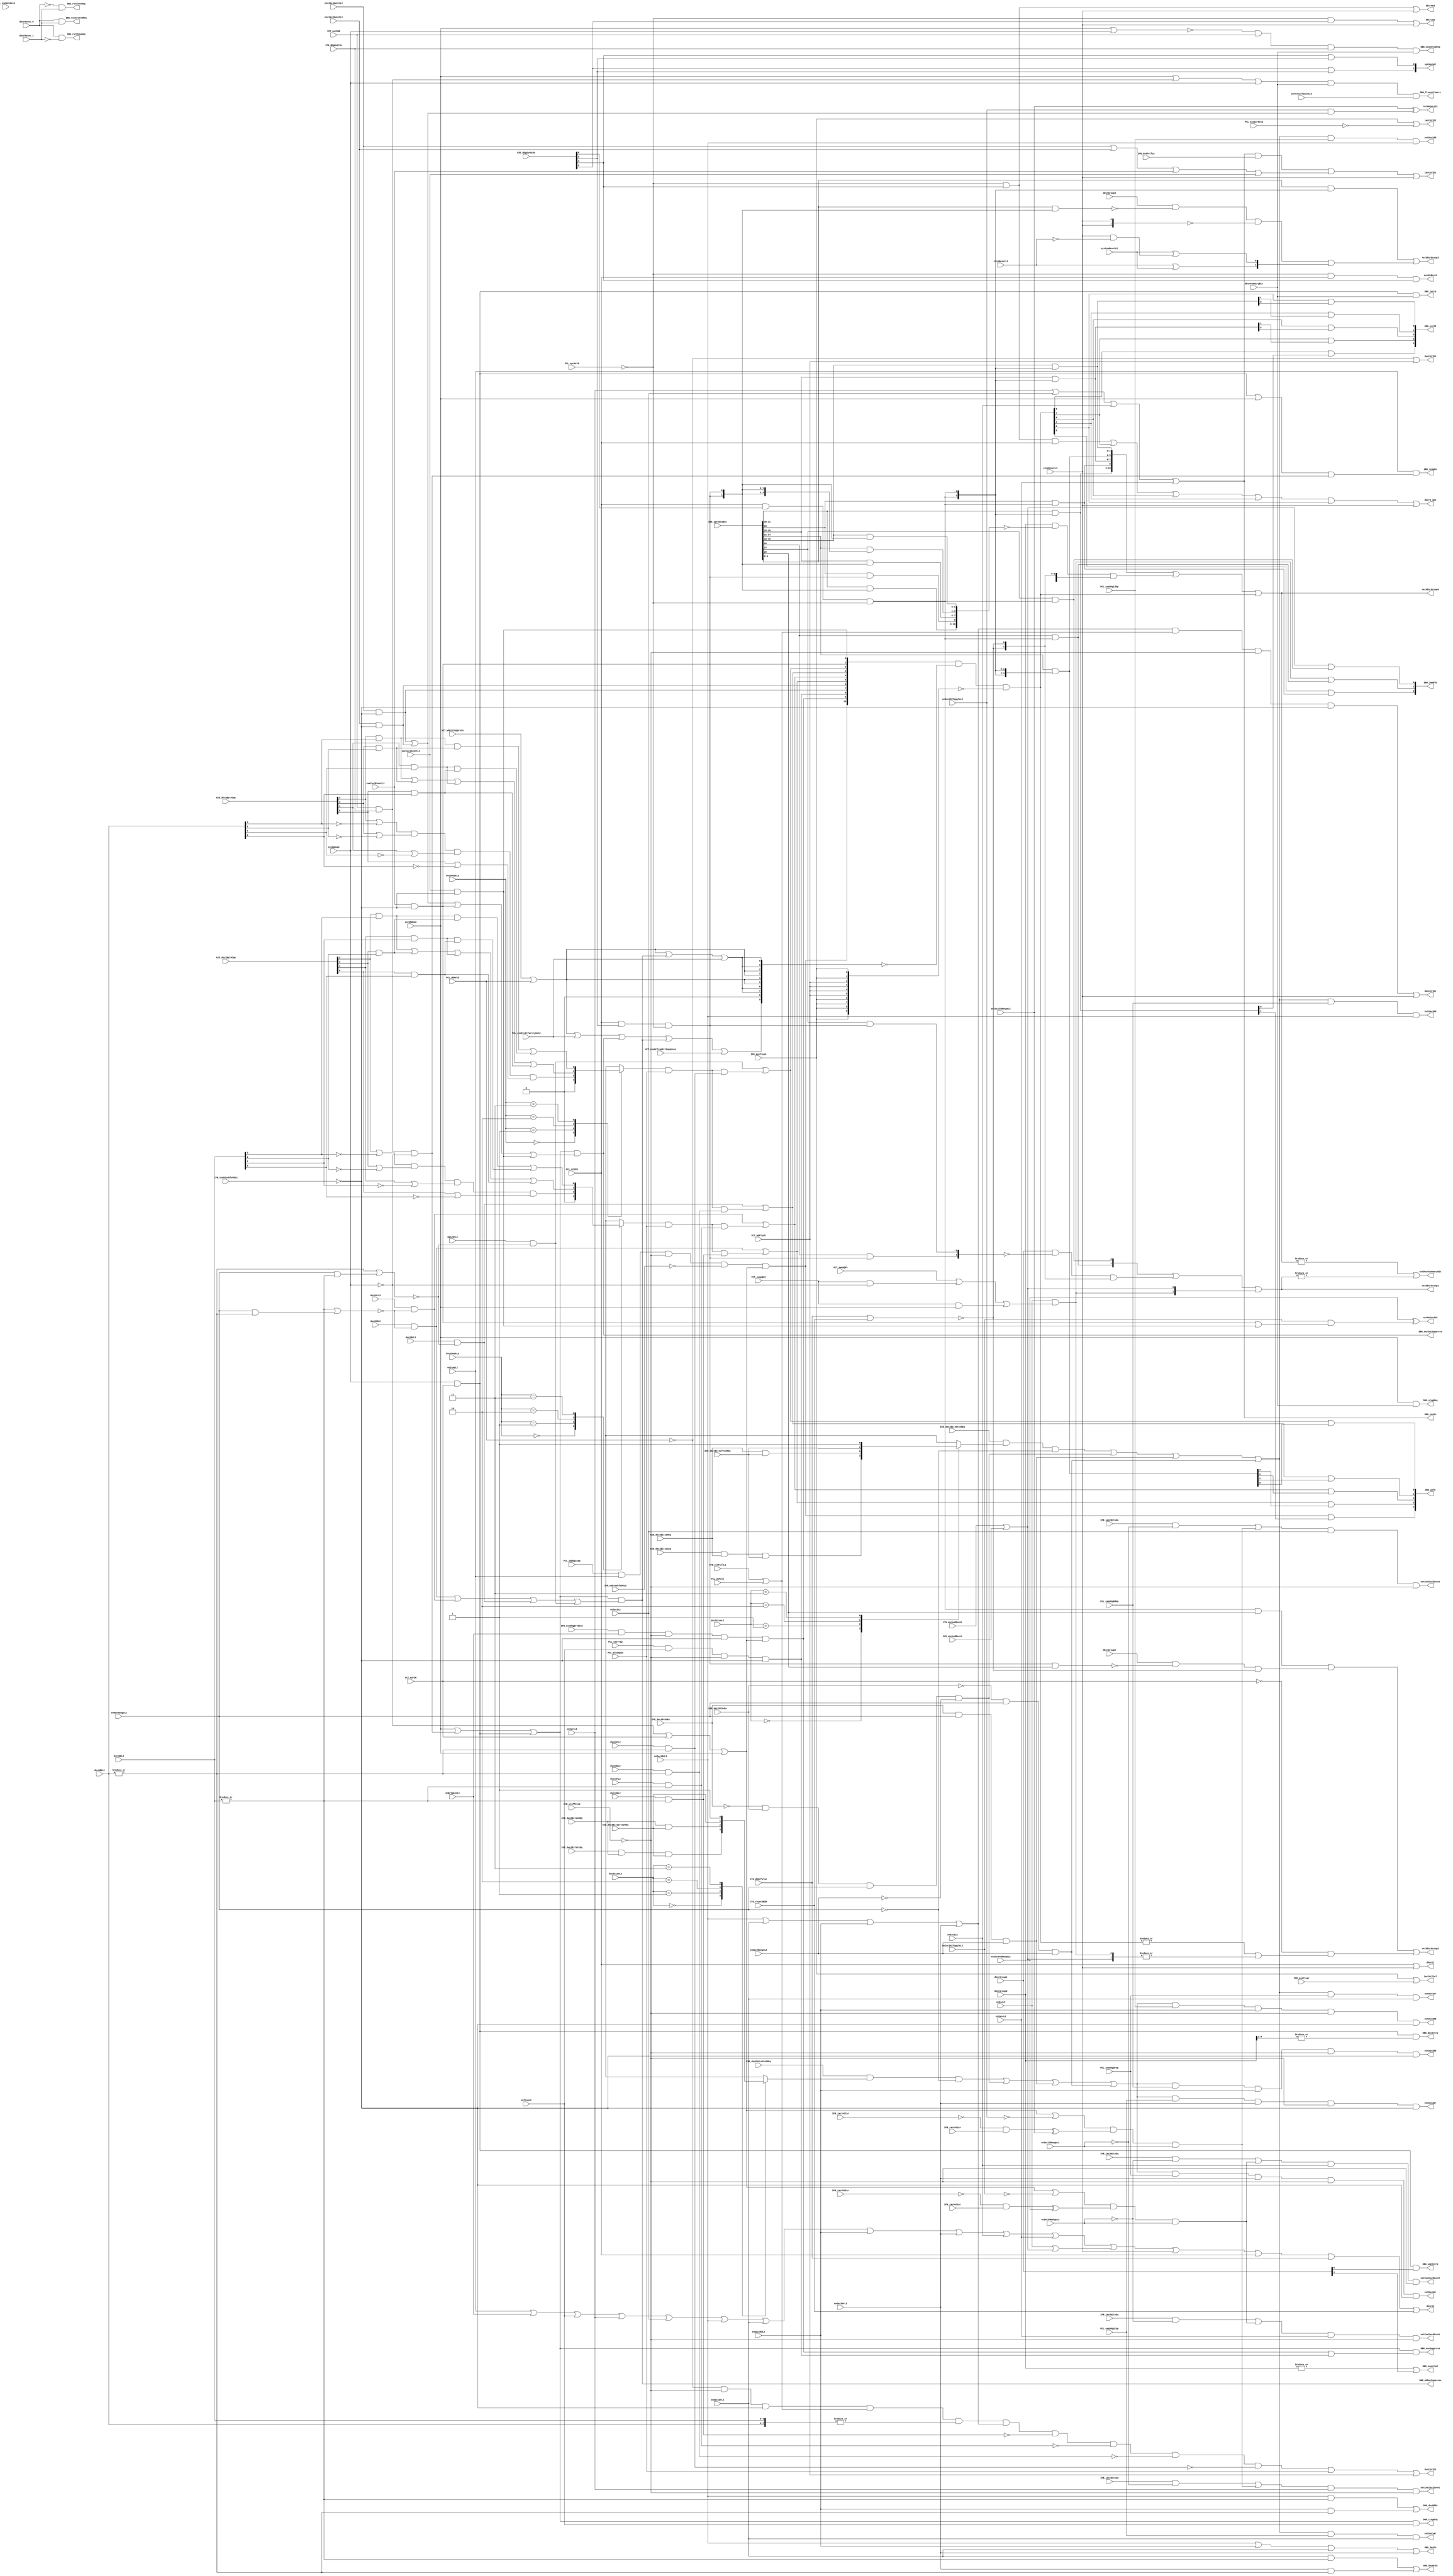
// 
// ************************************************************************** 
// 
//  Copyright (c) International Business Machines Corporation, 2005. 
// 
//  This file contains trade secrets and other proprietary and confidential 
//  information of International Business Machines Corporation which are 
//  protected by copyright and other intellectual property rights and shall 
//  not be reproduced, transferred to other documents, disclosed to others, 
//  or used for any purpose except as specifically authorized in writing by 
//  International Business Machines Corporation. This notice must be 
//  contained as part of this text at all times. 
// 
// ************************************************************************** 
//

//////////////////////////////////////////////////////////
// ALWAYS GENERATE SYMBOL AUTOMATICALLY!!!!!!!!!!!!!!!!!!/
//////////////////////////////////////////////////////////
// Change History:
// 09/15/98  JD/SP  Added VCT_exeBrTrapErrSuppress and PCL_exeDvcHold terms to
//                  suppressBt  equation.
//           lmd    Why did you do this?????????
// 07/17/01  JBB    Added PCL_exeDvcOrParityHold to suppressBt and suppressIac
//                  equations per the Cobra Workbook

module p405s_dbgEqs (nxtExeIac1Event, nxtExeIac2Event, nxtExeIac3Event,
               nxtExeIac4Event,
               nxtDac1Rd, nxtDac1Wr, nxtDac2Rd, nxtDac2Wr,
               nxtDvc1Rd, nxtDvc1Wr, nxtDvc2Rd, nxtDvc2Wr,
               nxtDbsrSummaryBit,
               nxtHwIac12X, nxtHwIac34X,
               dbcr0_XE2,
               iacCntlE1, iacCntlE2, iacCntlSel,
               dacCntlE1, dacCntlE2, dvcCntlE2,
               DBG_exeSuppress, DBG_wbDacSuppress, DBG_exeIacSuppress,
               DBG_icmpEn, DBG_stopReq, DBG_weakStopReq, DBG_intrp,
               DBG_freezeTimers, DBG_trapEnQ, DBG_udeIntrp, DBG_dacEn,
               DBG_rstCoreReq, DBG_rstChipReq, DBG_rstSystemReq, DBG_iacEn,
               DBG_dvcRdEn, DBG_dvcWrEn, DBG_eventSet, 
               DBG_exeTE, DBG_wbTE, DBG_immdTE, DBG_dacIntrp,
               nxtDbsrGroup0, nxtDbsrGroup1, nxtDbsrGroup2, nxtDbsrGroup3,
               dbsrE2, dbcrE1, dbcr0E2, dbcr1E2, sprBusSel, exeMtdbcr0,

               IFB_iac1GtIar, IFB_iac1BitsEq, IFB_iac2GtIar, IFB_iac2BitsEq,
               IFB_iac3GtIar, IFB_iac3BitsEq, IFB_iac4GtIar, IFB_iac4BitsEq,
               IFB_stuffStL2, IFB_exeDbgBrTaken, IFB_exeFlush, IFB_exeClear,
               IFB_dcdFullL2, IFB_exeFullL2, IFB_exeDisableDbL2,
               IFB_wbDisableDbL2,
               EXE_dvc1ByteCmp, EXE_dac1Bits0to26Eq, EXE_dac1Bits27to29Eq,
               EXE_dac1Bits30Eq, EXE_dac1Bits31Eq, EXE_dac1GtDsEa,
               EXE_dvc2ByteCmp, EXE_dac2Bits0to26Eq, EXE_dac2Bits27to29Eq,
               EXE_dac2Bits30Eq, EXE_dac2Bits31Eq, EXE_dac2GtDsEa,
               EXE_dbgSprDcds, EXE_sprDataBus,
               PCL_exeDbgRdOp, PCL_exeDbgWrOp, PCL_wbDbgIcmp, PCL_dvcCmpEn,
               PCL_mtSPR, PCL_exeDvcHold, PCL_exeTrap,
               PCL_sprHold, PCL_exeIarHold, PCL_wbHold, PCL_wbFull,
               PCL_exeDbgLdOp, PCL_exeDbgStOp,
               VCT_msrDE, VCT_msrDWE, VCT_wbFlush,
               VCT_wbErrSuppress, VCT_swapQ01, VCT_swapQ23, JTG_dbgWaitEn,
               VCT_exeBrTrapErrSuppress,
               JTG_uncondEvent, JTG_dbdrPulse, JTG_resetDBSR,
               XXX_uncondEvent,
               coreResetL2,
               intDbMode, extDbMode, enIcmpL2, enBrTakenL2, enTrapL2,
               enIac1L2, enIac2L2, enIac12RangeL2, enIac12XRangeL2,
               enIac3L2, enIac4L2, enIac34RangeL2, enIac34XRangeL2,
               enIac12XToggleL2, enIac34XToggleL2,
               exeIac1EventL2, exeIac2EventL2, exeIac3EventL2, exeIac4EventL2,
               enDac1RdL2, enDac1WrL2, dac1SizeL2,
               enDac2RdL2, enDac2WrL2, dac2SizeL2, enDacRangeL2, enDacXRangeL2,
               dvc1ModeL2, dvc1BEL2, dvc2ModeL2, dvc2BEL2,
               dac1RdL2, dac1WrL2, dac2RdL2, dac2WrL2,
               dvc1RdL2, dvc1WrL2, dvc2RdL2, dvc2WrL2,
               dbsrGroup0,
               enExcL2, dbsrGroup1,
               dbsrGroup2,
               chipResetL2, systemResetL2, dbsrGroup3, dbsrSummaryBit,
               enFreezeTimersL2, dbcrReset_0, dbcrReset_1, 
	       PCL_exeDvcOrParityHold 
               );

output          nxtExeIac1Event, nxtExeIac2Event, nxtExeIac3Event;
output          nxtExeIac4Event;
output          nxtDac1Rd, nxtDac1Wr, nxtDac2Rd, nxtDac2Wr;
output          nxtDvc1Rd, nxtDvc1Wr, nxtDvc2Rd, nxtDvc2Wr;
output  [0:10]  nxtDbsrGroup0;
output          nxtDbsrSummaryBit;
output          nxtHwIac12X, nxtHwIac34X;
output          dbcr0_XE2;
output          iacCntlE1, iacCntlE2, iacCntlSel;
output          dacCntlE1, dacCntlE2, dvcCntlE2;
output          DBG_exeSuppress, DBG_wbDacSuppress, DBG_exeIacSuppress;
output          DBG_icmpEn, DBG_stopReq, DBG_weakStopReq, DBG_intrp;
output          DBG_freezeTimers, DBG_trapEnQ, DBG_udeIntrp, DBG_dacEn;
output          DBG_rstCoreReq, DBG_rstChipReq, DBG_rstSystemReq, DBG_iacEn;
output          DBG_dvcRdEn, DBG_dvcWrEn, DBG_eventSet;
output  [0:1]   nxtDbsrGroup1;
output          nxtDbsrGroup2;
output  [0:1]   nxtDbsrGroup3;
output  [0:4]   DBG_exeTE, DBG_wbTE;
output  [0:2]   DBG_immdTE;
output          DBG_dacIntrp;
output          dbsrE2;
output          dbcr0E2, dbcr1E2, dbcrE1, exeMtdbcr0;
output  [0:1]   sprBusSel;

input           IFB_iac1GtIar, IFB_iac1BitsEq, IFB_iac2GtIar, IFB_iac2BitsEq;
input           IFB_iac3GtIar, IFB_iac3BitsEq, IFB_iac4GtIar, IFB_iac4BitsEq;
input           IFB_stuffStL2, IFB_exeDbgBrTaken, IFB_exeFlush, IFB_exeClear;
input           IFB_dcdFullL2, IFB_exeFullL2, IFB_exeDisableDbL2;
input           IFB_wbDisableDbL2;
input           EXE_dac1Bits0to26Eq, EXE_dac1Bits27to29Eq;
input           EXE_dac1Bits30Eq, EXE_dac1Bits31Eq, EXE_dac1GtDsEa;
input           EXE_dac2Bits0to26Eq, EXE_dac2Bits27to29Eq;
input           EXE_dac2Bits30Eq, EXE_dac2Bits31Eq, EXE_dac2GtDsEa;
input   [0:3]   EXE_dbgSprDcds;
input   [0:31]  EXE_sprDataBus;
input           PCL_exeDbgRdOp, PCL_exeDbgWrOp, PCL_wbDbgIcmp, PCL_dvcCmpEn;
input           PCL_mtSPR, PCL_exeDvcHold, PCL_exeTrap;
input           PCL_sprHold, PCL_exeIarHold, PCL_wbHold, PCL_wbFull;
input           PCL_exeDbgLdOp, PCL_exeDbgStOp;
input           VCT_msrDE, VCT_msrDWE, VCT_wbFlush;
input           VCT_wbErrSuppress, VCT_swapQ01, VCT_swapQ23, JTG_dbgWaitEn;
input           VCT_exeBrTrapErrSuppress;
input           JTG_uncondEvent, JTG_dbdrPulse, JTG_resetDBSR;
input           XXX_uncondEvent;
input           coreResetL2;
input           intDbMode, extDbMode, enIcmpL2, enBrTakenL2, enTrapL2;
input           enIac1L2, enIac2L2, enIac12RangeL2, enIac12XRangeL2;
input           enIac3L2, enIac4L2, enIac34RangeL2, enIac34XRangeL2;
input           enIac12XToggleL2, enIac34XToggleL2;
input           exeIac1EventL2, exeIac2EventL2, exeIac3EventL2, exeIac4EventL2;
input           enDac1RdL2, enDac1WrL2;
input           enDac2RdL2, enDac2WrL2, enDacRangeL2, enDacXRangeL2;
input           dac1RdL2, dac1WrL2, dac2RdL2, dac2WrL2;
input           dvc1RdL2, dvc1WrL2, dvc2RdL2, dvc2WrL2;
input   [0:3]   EXE_dvc1ByteCmp, EXE_dvc2ByteCmp;
input   [0:1]   dac1SizeL2, dac2SizeL2;
input   [0:1]   dvc1ModeL2, dvc2ModeL2;
input   [0:3]   dvc1BEL2, dvc2BEL2;
input   [0:10]  dbsrGroup0;
input           enExcL2;
input   [0:1]   dbsrGroup1;
input           dbsrGroup2;
input           chipResetL2, systemResetL2;
input   [0:1]   dbsrGroup3;
input           dbsrSummaryBit;
input           enFreezeTimersL2, dbcrReset_0, dbcrReset_1;
input           PCL_exeDvcOrParityHold;  // Added for Cobra

wire            dbgSuppressEn;
wire            icmpHwSet, brTakenHwSet, trapHwSet;
wire            iac12RangeCmp, iac34RangeCmp;
wire            dcdIac1Exact, dcdIac1Range, dcdIac2Exact, dcdIac2Range;
wire            dcdIac3Exact, dcdIac3Range, dcdIac4Exact, dcdIac4Range;
wire            iac1HwSet, iac2HwSet, iac3HwSet, iac4HwSet;
wire            dacRangeCmp, dacXRangeCmp1, dacXRangeCmp2;
wire            dac1ExactCmp, dac1Cmp;
wire            blockDac1ForDvc, blockDac2ForDvc;
wire            wbDac1RdEvent, wbDac1WrEvent;
wire            dac1RdHwSet, dac1WrHwSet, dac2RdHwSet, dac2WrHwSet;
wire            dvc1AndCmp, dvc1OrCmp, dvc1AndOrCmp;
wire            lwbDvc1RdEvent, lwbDvc1WrEvent;
wire            dac2ExactCmp, dac2Cmp;
wire            wbDac2RdEvent, wbDac2WrEvent;
wire            dvc2AndCmp, dvc2OrCmp, dvc2AndOrCmp;
wire            lwbDvc2RdEvent, lwbDvc2WrEvent;
wire            dvc1RdPending, dvc1WrPending, dvc2RdPending, dvc2WrPending;
wire            codeSetAccess, codeRstAccess;
wire    [0:10]  group0CodeRst, group0CodeSet, group0HwEvent;
wire    [0:10]  group0ErrorHold, group0HwSet;
wire            group0HwEnable;
wire            excHwSet, udeHwSet;
wire    [0:1]   group1HwSet, group1CodeSet, group1CodeRst;
wire            group1HwEnable;
wire            group2HwSet, group2CodeSet, group2CodeRst;
wire    [0:1]   group3CodeSet, group3CodeRst, rstStatus;
wire            group3HwEnable;
wire            suppressBt, suppressIac, wbSuppressHold;

reg             dac1CmpBits, dac2CmpBits, dvc1Compare, dvc2Compare;

wire            DBG_wbDacSuppress_i;
wire            DBG_exeIacSuppress_i;
wire [0:1]      nxtDbsrGroup1_i;
wire [0:10]     nxtDbsrGroup0_i;

assign DBG_wbDacSuppress = DBG_wbDacSuppress_i;
assign DBG_exeIacSuppress = DBG_exeIacSuppress_i;
assign nxtDbsrGroup1 = nxtDbsrGroup1_i;
assign nxtDbsrGroup0 = nxtDbsrGroup0_i;

// **************************************************************************
// The debug status register is split into 4 sections.
// **************************************************************************
//

// **************************************************************
// Group 0 -                                                    *
// dbsr spr Name      Function                       group0     *
// bit #                                             bit #      *
//  0       Icmp -    Instruction Complete            0         *
//  1       BrTaken - Branch Taken                    1         *
//  3       Trap -    Trap Condition met.             2         *
//  5       IAC1 -    Instruction Address Cmp 1.      3         *
//  6       IAC2 -    Instruction Address Cmp 1.      4         *
//  7       Dac1Rd -  Data Address Cmp 1 for read.    5         *
//  8       Dac1Wr -  Data Address Cmp 1 for write.   6         *
//  9       Dac2Rd -  Data Address Cmp 2 for read.    7         *
// 10       Dac2Wr -  Data Address Cmp 2 for write.   8         *
// 12       IAC3 -    Instruction Address Cmp 1.      9         *
// 13       IAC4 -    Instruction Address Cmp 1.     10         *
// **************************************************************
// The rules for dbsr group0 register updating are: 1) if mtSPR and qualified
// hw set occur at the same time the hw path has precedence.
//
// Purposely left out is dbg suppress since the setting of this latch is the
// cause of dbg suppress.
// error suprress also does not block since debug event has higher priority
// than error. (Icmp - the register loads but with old value.)
// (Setting of RST0 and RST1 and ICMP does not cause suppress.)
// Group 0 has no G1.

// ********************
// Suppress Equations *
// ********************

// Only allow suppressing when in debug mode.
assign dbgSuppressEn = extDbMode |
                       (VCT_msrDWE & JTG_dbgWaitEn & ~intDbMode) |
                       (intDbMode & VCT_msrDE);

// This is the dbg suppress equation.
// icmp does not cause suppress.
// DBG_btSuppress = dbgSuppressEn & brTakenHwSet;
// DBG_trapSuppress = dbgSuppressEn & trapHwSet;
assign DBG_exeIacSuppress_i = dbgSuppressEn &
            (iac1HwSet | iac2HwSet | iac3HwSet | iac4HwSet);
// DBG_exeSuppress does not contain exe iac suppress.
assign DBG_exeSuppress = dbgSuppressEn & (brTakenHwSet | trapHwSet);

// DVC enable causes an exeIarHold. DVC does not cause a suppress.
// DBG_wbSuppress = DBG_wbDacSuppress_i = dbgSuppressEn &
//      (wbDac1RdEvent | wbDac1WrEvent | wbDac2RdEvent | wbDac2WrEvent);
assign DBG_wbDacSuppress_i = dbgSuppressEn &
            (wbDac1RdEvent | wbDac1WrEvent | wbDac2RdEvent | wbDac2WrEvent);

// Must block setting of sxr trap when using trap as debug event
assign DBG_trapEnQ = (extDbMode | (VCT_msrDWE & JTG_dbgWaitEn & ~intDbMode) |
                     (intDbMode & VCT_msrDE)) & enTrapL2;

// ************************************
// Hardware set equations for group0. *
// ************************************

// Don't allow icmp bit to set if in internal debug mode and the msr DE bit
// is zero, unless extDbMode also enabled. It will set all other times.
// Don't want to set icmp debug event when in internal debug mode and debug
// events disabled because code is most likely in exception handler and won't be
// able to clear dbsr bit and return from interrupt with causing another
// icmp exception because rfi will enable VCT_msrDE.
// PCL_wbDbgIcmp has & (~WB_suppress)
// intDbMode overrides VCT_msrDWE won't stop with intDbMode.
// Will bubble after every instruction when icmp is enabled.
assign DBG_icmpEn = enIcmpL2 & ((intDbMode & VCT_msrDE) |
                                 extDbMode |
                                 (VCT_msrDWE & JTG_dbgWaitEn & ~intDbMode));
// icmp occurs in wb. Points to instruction after.
// PCL_wbDbgIcmp contains wbFlush and wbSuppress
assign icmpHwSet = PCL_wbDbgIcmp & enIcmpL2 & ~IFB_stuffStL2 &
                ~IFB_wbDisableDbL2 & (~intDbMode | VCT_msrDE | extDbMode);

// Don't allow brTaken bit to set if in internal debug mode and
// the msr DE bit is zero. See hwSetIcmp. Branch is usually the first
// instruction at exception vector and would set brTakenStatus.
// Won't be able to tell what kind of debug event caused the exception.
// DBG_btSuppress = brTakenHwSet;
// brTaken occurs in exe.
assign brTakenHwSet = IFB_exeDbgBrTaken & enBrTakenL2 & ~IFB_stuffStL2 &
                      ~IFB_exeDisableDbL2 &
                      (~intDbMode | VCT_msrDE | extDbMode);

// DBG_trapSuppress = trapHwSet;
// trap occurs in exe.
assign trapHwSet = PCL_exeTrap & enTrapL2 & ~IFB_stuffStL2 &
                   ~IFB_exeDisableDbL2;

// iacCntl register enables. This is a exe stage register.
assign DBG_iacEn = enIac1L2 | enIac2L2 | enIac3L2 | enIac4L2;
// If Iac is disabled by the instruction following the instruction setting
// the iac then iac could be disabled before event takes place. Iac event
// should still occur.
// Need the output of the register exeIacEvent in E1 for this case to allow the
//   register to reset. (used to use exeFull & enIac)
assign iacCntlE1 = ((enIac1L2 | enIac2L2 | enIac3L2 | enIac4L2) &
                      IFB_dcdFullL2) |
        (exeIac1EventL2 | exeIac2EventL2 | exeIac3EventL2 | exeIac4EventL2) |
        coreResetL2;
// exeFlush contains reset
// iacCntlE2 = exeDataE2 = exeFlush | ~PCL_exeIarHold;
assign iacCntlE2 = IFB_exeFlush | ~PCL_exeIarHold;
assign iacCntlSel = IFB_exeFlush | IFB_exeClear;

// IAC12 range compare
assign iac12RangeCmp = (~intDbMode | VCT_msrDE | extDbMode |
                         ~enIac12XToggleL2) &
                       ((~IFB_iac1GtIar & IFB_iac2GtIar) ^ enIac12XRangeL2);

// IAC1
assign dcdIac1Exact = IFB_iac1BitsEq & ~enIac12RangeL2;
assign dcdIac1Range = iac12RangeCmp & enIac12RangeL2;
// set in dcd
assign nxtExeIac1Event = (dcdIac1Exact | dcdIac1Range) &
                      enIac1L2 & ~IFB_stuffStL2;
// set in exe
assign iac1HwSet = exeIac1EventL2 & ~IFB_exeDisableDbL2;

// IAC2
assign dcdIac2Exact = IFB_iac2BitsEq & ~enIac12RangeL2;
assign dcdIac2Range = iac12RangeCmp & enIac12RangeL2;
// set in dcd
assign nxtExeIac2Event = (dcdIac2Exact | dcdIac2Range) &
                      enIac2L2 & ~IFB_stuffStL2;
// set in exe
assign iac2HwSet = exeIac2EventL2 & ~IFB_exeDisableDbL2;

// IAC34 range compare
assign iac34RangeCmp = (~intDbMode | VCT_msrDE | extDbMode |
                         ~enIac34XToggleL2) &
                       ((~IFB_iac3GtIar & IFB_iac4GtIar) ^ enIac34XRangeL2);

// IAC3
assign dcdIac3Exact = IFB_iac3BitsEq & ~enIac34RangeL2;
assign dcdIac3Range = iac34RangeCmp & enIac34RangeL2;
// set in dcd
assign nxtExeIac3Event = (dcdIac3Exact | dcdIac3Range) &
                      enIac3L2 & ~IFB_stuffStL2;
// set in exe
assign iac3HwSet = exeIac3EventL2 & ~IFB_exeDisableDbL2;

// IAC4
assign dcdIac4Exact = IFB_iac4BitsEq & ~enIac34RangeL2;
assign dcdIac4Range = iac34RangeCmp & enIac34RangeL2;
// set in dcd
assign nxtExeIac4Event = (dcdIac4Exact | dcdIac4Range) &
                      enIac4L2 & ~IFB_stuffStL2;
// set in exe
assign iac4HwSet = exeIac4EventL2 & ~IFB_exeDisableDbL2;

// DAC

// Enable Dac comparators in EXE
assign DBG_dacEn = enDac1RdL2 | enDac2RdL2 | enDac1WrL2 | enDac2WrL2;
// When DVC enabled it is envasive to loads and stores.
//    send signal to allow PCL to generate DVC hold
assign DBG_dvcRdEn = (enDac1RdL2 & (|dvc1BEL2[0:3])) |
                     (enDac2RdL2 & (|dvc2BEL2[0:3]));
assign DBG_dvcWrEn = (enDac1WrL2 & (|dvc1BEL2[0:3])) |
                     (enDac2WrL2 & (|dvc2BEL2[0:3]));
// dacCntl register enables. This is a WB stage register.

//*Can use PCL_exeStorageOp | PCL_wbStorageOp
assign dacCntlE1 = ((enDac1RdL2 | enDac1WrL2 | enDac2RdL2 | enDac2WrL2) &
                     (IFB_exeFullL2 | PCL_wbFull) & ~IFB_stuffStL2 &
                     ~IFB_exeDisableDbL2) |
                   coreResetL2;
// wbFlush contains coreReset.
// wbHold does not contain suppress terms.
// Don't need VCT_wbSuppress as a hold because it's OK for latch to clear since
// Dac has already been recorded in dbsr and is causing the wbFlush or there
// is some other error that will cause the instruciton to be flushed.
assign dacCntlE2 = ~PCL_wbHold | VCT_wbFlush;

// DVC control register indicates that an address comapare has been made for
// DVC and that the data compare is pending.
// DVC is not supported for unaligned operations.
// DVC is not supported for cache ops.
//*Can use PCL_exeStorageOp | PCL_wbStorageOp instead of exeFull and wbFull
// wbFlush contains coreReset.
// wbHold does not contain suppress terms.
// Register will hold value when dvc enabled instruction moves to lwb, because
// PCL_dvcCmpEn will not come on until lwb.
// wbFlush is OK for dvc since dvc will not allow any instruction in wb while
// dvc is pending in lwb, so we can't get a wbFlush while DVC is in lwb.
// Don't need VCT_wbSuppress as a hold because it's OK for latch to clear since
// there is some other error and the instruction will be flushed.
assign dvcCntlE2 = (~PCL_wbHold & ~IFB_stuffStL2 & ~IFB_exeDisableDbL2 &
            (IFB_exeFullL2 | PCL_wbFull) & (|{dvc1BEL2[0:3],dvc2BEL2[0:3]}) &
            (enDac1RdL2 | enDac1WrL2 | enDac2RdL2 | enDac2WrL2) &
            ~dvc1RdPending & ~dvc1WrPending & ~dvc2RdPending & ~dvc2WrPending) |
          PCL_dvcCmpEn | VCT_wbFlush;

// DAC range compare
assign dacRangeCmp = ~EXE_dac1GtDsEa & EXE_dac2GtDsEa & enDacRangeL2 &
                          ~enDacXRangeL2;
// XRange is (EXE_dac1GtDsEa | ~EXE_dac2GtDsEa)
assign dacXRangeCmp1 = EXE_dac1GtDsEa & enDacRangeL2 & enDacXRangeL2;
assign dacXRangeCmp2 = ~EXE_dac2GtDsEa & enDacRangeL2 & enDacXRangeL2;

// DAC1
// Partial compare of least significant address bits based on DAC size. Need
// compare of most significat bits
always @(EXE_dac1Bits27to29Eq or EXE_dac1Bits30Eq or EXE_dac1Bits31Eq or
         dac1SizeL2)
begin
    casez(dac1SizeL2)
        2'b00: dac1CmpBits = EXE_dac1Bits31Eq & EXE_dac1Bits30Eq &
                             EXE_dac1Bits27to29Eq;
        2'b01: dac1CmpBits = EXE_dac1Bits30Eq & EXE_dac1Bits27to29Eq;
        2'b10: dac1CmpBits = EXE_dac1Bits27to29Eq;
        2'b11: dac1CmpBits = 1'b1;
        default: dac1CmpBits = 1'bx;
    endcase
end
assign dac1ExactCmp = EXE_dac1Bits0to26Eq & dac1CmpBits &
                          ~enDacRangeL2;
// DAC events indicate that there has been an address compare. This
// may be used for a DVC or simply as a DAC.
assign dac1Cmp =  dac1ExactCmp | dacRangeCmp | dacXRangeCmp1 | dacXRangeCmp2;
// Must block setting of DAC for address compare only when DVC is enabled.
assign blockDac1ForDvc = |dvc1BEL2[0:3] | (enDacRangeL2 & |dvc2BEL2[0:3]);
// Set in exe.
// DAC will set for certain cache ops. DVC is not set for any cache ops.
// PCL_exeDbgRdOP and PCL_DbgWrOp include appropriate cache ops as well as
//   load and store instructions.
// PCL_exeDbgLdOp and PCL_DbgWrOp include only load and store instructions.
assign nxtDac1Rd = dac1Cmp & PCL_exeDbgRdOp & enDac1RdL2;
assign nxtDac1Wr = dac1Cmp & PCL_exeDbgWrOp & enDac1WrL2;
assign nxtDvc1Rd = dac1Cmp & PCL_exeDbgLdOp & enDac1RdL2;
assign nxtDvc1Wr = dac1Cmp & PCL_exeDbgStOp & enDac1WrL2;

// Dac events
// Dac events occur in wb
assign wbDac1RdEvent = dac1RdL2 & ~blockDac1ForDvc;
assign wbDac1WrEvent = dac1WrL2 & ~blockDac1ForDvc;

// DVC pending. There is an address compare and will need to check data.
assign dvc1RdPending = dvc1RdL2 & |dvc1BEL2[0:3];
assign dvc1WrPending = dvc1WrL2 & |dvc1BEL2[0:3];

// DVC1
assign dvc1AndCmp =  (EXE_dvc1ByteCmp[0] | ~dvc1BEL2[0]) &
                     (EXE_dvc1ByteCmp[1] | ~dvc1BEL2[1]) &
                     (EXE_dvc1ByteCmp[2] | ~dvc1BEL2[2]) &
                     (EXE_dvc1ByteCmp[3] | ~dvc1BEL2[3]);
assign dvc1OrCmp = (EXE_dvc1ByteCmp[0] & dvc1BEL2[0]) |
                   (EXE_dvc1ByteCmp[1] & dvc1BEL2[1]) |
                   (EXE_dvc1ByteCmp[2] & dvc1BEL2[2]) |
                   (EXE_dvc1ByteCmp[3] & dvc1BEL2[3]);
assign dvc1AndOrCmp = ((EXE_dvc1ByteCmp[0] & dvc1BEL2[0]) &
                        (EXE_dvc1ByteCmp[1] & dvc1BEL2[1])) |
                      ((EXE_dvc1ByteCmp[2] & dvc1BEL2[2]) &
                        (EXE_dvc1ByteCmp[3] & dvc1BEL2[3]));

always @(dvc1ModeL2 or dvc1AndCmp or dvc1OrCmp or dvc1AndOrCmp)
begin
    casez(dvc1ModeL2)
        2'b00: dvc1Compare = 1'b0;
        2'b01: dvc1Compare = dvc1AndCmp;
        2'b10: dvc1Compare = dvc1OrCmp;
        2'b11: dvc1Compare = dvc1AndOrCmp;
        default: dvc1Compare = 1'bx;
    endcase
end
// occurs in lwb
assign lwbDvc1RdEvent = dvc1Compare & PCL_dvcCmpEn & dvc1RdPending;
assign lwbDvc1WrEvent = dvc1Compare & PCL_dvcCmpEn & dvc1WrPending;

// DAC2
// Partial compare of least significant address bits based on DAC size. Need
// compare of most significat bits
always @(EXE_dac2Bits27to29Eq or EXE_dac2Bits30Eq or EXE_dac2Bits31Eq or
         dac2SizeL2)
begin
    casez(dac2SizeL2)
        2'b00: dac2CmpBits = EXE_dac2Bits31Eq & EXE_dac2Bits30Eq &
                             EXE_dac2Bits27to29Eq;
        2'b01: dac2CmpBits = EXE_dac2Bits30Eq & EXE_dac2Bits27to29Eq;
        2'b10: dac2CmpBits = EXE_dac2Bits27to29Eq;
        2'b11: dac2CmpBits = 1'b1;
        default: dac2CmpBits = 1'bx;
    endcase
end
assign dac2ExactCmp = EXE_dac2Bits0to26Eq & dac2CmpBits &
                          ~enDacRangeL2;
// DAC events indicate that there has been an address compare. This
// may be used for a DVC or simply as a DAC.
assign dac2Cmp =  dac2ExactCmp | dacRangeCmp | dacXRangeCmp1 | dacXRangeCmp2;
// Must block setting of DAC for address compare only when DVC is enabled.
assign blockDac2ForDvc = |dvc2BEL2[0:3] | (enDacRangeL2 & |dvc1BEL2[0:3]);
// set in exe.
assign nxtDac2Rd = dac2Cmp & PCL_exeDbgRdOp & enDac2RdL2 & ~IFB_stuffStL2 &
                   ~IFB_exeDisableDbL2;
assign nxtDac2Wr = dac2Cmp & PCL_exeDbgWrOp & enDac2WrL2 & ~IFB_stuffStL2&
                   ~IFB_exeDisableDbL2;
assign nxtDvc2Rd = dac2Cmp & PCL_exeDbgLdOp & enDac2RdL2 & ~IFB_stuffStL2 &
                   ~IFB_exeDisableDbL2;
assign nxtDvc2Wr = dac2Cmp & PCL_exeDbgStOp & enDac2WrL2 & ~IFB_stuffStL2&
                   ~IFB_exeDisableDbL2;

// occurs in wb.
assign wbDac2RdEvent = dac2RdL2 & ~blockDac2ForDvc;
assign wbDac2WrEvent = dac2WrL2 & ~blockDac2ForDvc;

// DVC pending. There is an address compare and will need to check data.
assign dvc2RdPending = dvc2RdL2 & |dvc2BEL2[0:3];
assign dvc2WrPending = dvc2WrL2 & |dvc2BEL2[0:3];

// DVC2
assign dvc2AndCmp =  (EXE_dvc2ByteCmp[0] | ~dvc2BEL2[0]) &
                     (EXE_dvc2ByteCmp[1] | ~dvc2BEL2[1]) &
                     (EXE_dvc2ByteCmp[2] | ~dvc2BEL2[2]) &
                     (EXE_dvc2ByteCmp[3] | ~dvc2BEL2[3]);
assign dvc2OrCmp = (EXE_dvc2ByteCmp[0] & dvc2BEL2[0]) |
                   (EXE_dvc2ByteCmp[1] & dvc2BEL2[1]) |
                   (EXE_dvc2ByteCmp[2] & dvc2BEL2[2]) |
                   (EXE_dvc2ByteCmp[3] & dvc2BEL2[3]);
assign dvc2AndOrCmp = ((EXE_dvc2ByteCmp[0] & dvc2BEL2[0]) &
                        (EXE_dvc2ByteCmp[1] & dvc2BEL2[1])) |
                      ((EXE_dvc2ByteCmp[2] & dvc2BEL2[2]) &
                        (EXE_dvc2ByteCmp[3] & dvc2BEL2[3]));
always @(dvc2ModeL2 or dvc2AndCmp or dvc2OrCmp or dvc2AndOrCmp)
begin
    casez(dvc2ModeL2)
        2'b00: dvc2Compare = 1'b0;
        2'b01: dvc2Compare = dvc2AndCmp;
        2'b10: dvc2Compare = dvc2OrCmp;
        2'b11: dvc2Compare = dvc2AndOrCmp;
        default: dvc2Compare = 1'bx;
    endcase
end
// occurs in lwb.
assign lwbDvc2RdEvent = dvc2Compare & PCL_dvcCmpEn & dvc2RdPending;
assign lwbDvc2WrEvent = dvc2Compare & PCL_dvcCmpEn & dvc2WrPending;

// dbsr DAC is shared for DAC and DVC.
// dac occurs in WB. dvc occurs in LWB and points to the next instruction.
assign dac1RdHwSet = wbDac1RdEvent | lwbDvc1RdEvent;
assign dac1WrHwSet = wbDac1WrEvent | lwbDvc1WrEvent;
assign dac2RdHwSet = wbDac2RdEvent | lwbDvc2RdEvent;
assign dac2WrHwSet = wbDac2WrEvent | lwbDvc2WrEvent;

// *********************
// code path equations *
// *********************
assign codeSetAccess = PCL_mtSPR & EXE_dbgSprDcds[3] & ~PCL_sprHold;
assign codeRstAccess = PCL_mtSPR & EXE_dbgSprDcds[2] & ~PCL_sprHold;

// *******************************************
// group0 code set path and code reset path. *
// *******************************************

assign group0CodeSet[0:1] = EXE_sprDataBus[0:1] & ({2{codeSetAccess}});
assign group0CodeSet[2] = EXE_sprDataBus[3] & (codeSetAccess);
assign group0CodeSet[3:4] = EXE_sprDataBus[5:6] & ({2{codeSetAccess}});
assign group0CodeSet[5:8] = EXE_sprDataBus[7:10] & ({4{codeSetAccess}});
assign group0CodeSet[9:10] = EXE_sprDataBus[12:13] & ({2{codeSetAccess}});

assign group0CodeRst[0:1] = EXE_sprDataBus[0:1] & ({2{codeRstAccess}});
assign group0CodeRst[2] = EXE_sprDataBus[3] & (codeRstAccess);
assign group0CodeRst[3:4] = EXE_sprDataBus[5:6] & ({2{codeRstAccess}});
assign group0CodeRst[5:8] = EXE_sprDataBus[7:10] & ({4{codeRstAccess}});
assign group0CodeRst[9:10] = EXE_sprDataBus[12:13] & ({2{codeRstAccess}});

// *******************************
// group 0 data input equations. *
// *******************************

assign group0HwEvent[0:10] = {icmpHwSet,brTakenHwSet,trapHwSet,iac1HwSet,
             iac2HwSet,dac1RdHwSet,dac1WrHwSet,dac2RdHwSet,dac2WrHwSet,
             iac3HwSet,iac4HwSet};

// VCT_wbErrSuppress =  (PCL_algnErr & ~MMUdsStateBorC) | (|MMU_dsStatus[5:7]);
// VCT_exeBrTrapErrSuppress = isiSet | iMissSet | iSideMachChkSet;
// icmp bubbles all instructions until complete. Icmp sets in Wb. No other
//   suppress can effect icmp.
// brTaken has exeFlush.
// iac sets even with exeIarHold
// dac occurs in wb.
// dvc and dac use same dbsr bit. dvc causes an exeIarHold so a wbSuppress
//   can not occur with dvc. dvc occurs in lwb.
//   Trap won't make it to exeC1 if there is a exeErrSuppress.
//*Comments may not be valid. See change history.

//assign suppressBt = VCT_wbErrSuppress | PCL_wbHold | PCL_exeDvcHold |
//                    DBG_exeIacSuppress_i | DBG_wbDacSuppress_i |
//                    VCT_exeBrTrapErrSuppress;

assign suppressBt = VCT_wbErrSuppress | PCL_wbHold | PCL_exeDvcOrParityHold |
                    DBG_exeIacSuppress_i | DBG_wbDacSuppress_i |
                    VCT_exeBrTrapErrSuppress;

//assign suppressIac = VCT_wbErrSuppress | PCL_wbHold |
//                     DBG_wbDacSuppress_i | PCL_exeDvcHold;

assign suppressIac = VCT_wbErrSuppress | PCL_wbHold |
                     DBG_wbDacSuppress_i | PCL_exeDvcOrParityHold;

assign wbSuppressHold = VCT_wbErrSuppress | PCL_wbHold;
assign group0ErrorHold[0:10] = ({1'b0,suppressBt,1'b0,
                                 suppressIac,suppressIac,
                                 wbSuppressHold,wbSuppressHold,
                                 wbSuppressHold,wbSuppressHold,
                                 suppressIac,suppressIac});

assign group0HwSet[0:10] = group0HwEvent[0:10] & ~group0ErrorHold[0:10] &
                          ~({1'b0,{4{IFB_exeFlush}},{4{VCT_wbFlush}},
                           {2{IFB_exeFlush}}});

assign nxtDbsrGroup0_i[0:10] =
    (group0CodeSet[0:10]) |
    (dbsrGroup0[0:10] & ~group0CodeRst[0:10] &
        {11{~(JTG_dbdrPulse | JTG_resetDBSR)}}) |
    group0HwSet[0:10];

assign group0HwEnable =  enIcmpL2 | enBrTakenL2 |  enTrapL2 |
                       enIac1L2 | enIac2L2 | enDac1RdL2 | enDac1WrL2 |
                         enDac2RdL2 | enDac2WrL2 | enIac3L2 | enIac4L2;

// **************************************************************
// Group 1 -                                                    *
// dbsr spr Name      Function                       group1     *
// bit #                                             bit #      *
//  2       Exc -     Exception Taken                 0         *
//  4       UDE -     Unconditional Debug Event       1         *
// **************************************************************
// ************************************
// Hardware set equations for group1. *
// ************************************
//
// Group1 hw sets do not cause suppress because on exc we are
// swapping and unconditional does not need to suppress the current
// instruction since it is asynchronous to the instruction stream.
// Exception debug event is set for any non-critical interrupt, any interrupt
// in external debug mode, and only for non-critical interrupts in internal
// debug mode without external debug mode.
// In internal debug mode a critical interrupt will go through its interrupt
// handler and be cleared before the exception interrupt handler can see it,
// so there is no point in setting a debug event for them.
// Don't need ~IFB_stuffStL2 because swapQ is enabled with swapEnable. Swap
// enable can't come on in stuffSt
assign excHwSet = enExcL2 & (VCT_swapQ01 | (VCT_swapQ23 & ~intDbMode) |
                       (VCT_swapQ23 & extDbMode));

// Nothing stops ude from setting dbsr.
assign udeHwSet = JTG_uncondEvent| XXX_uncondEvent;

assign group1HwSet[0:1] = {excHwSet,udeHwSet};

// *******************************************
// group1 code set path and code reset path. *
// *******************************************

assign group1CodeSet[0] = EXE_sprDataBus[2] & codeSetAccess;
assign group1CodeSet[1] = EXE_sprDataBus[4] & codeSetAccess;

assign group1CodeRst[0] = EXE_sprDataBus[2] & codeRstAccess;
assign group1CodeRst[1] = EXE_sprDataBus[4] & codeRstAccess;

// *******************************
// Group 1 data input equations. *
// *******************************

assign nxtDbsrGroup1_i[0:1] = (group1CodeSet) |
        (dbsrGroup1 & ~group1CodeRst & {2{~(JTG_dbdrPulse | JTG_resetDBSR)}}) |
        group1HwSet;

assign group1HwEnable = enExcL2 | udeHwSet;

// **************************************************************
// Group 2 -                                                    *
// dbsr spr Name      Function                       group2     *
// bit #                                             bit #      *
//  11      Imprec -  Imprecise Debug Event           0         *
// **************************************************************
// ******************
// group2 Equations *
// ******************
// This is the "debug event occurred while msrDE=0" signal.
// Don't need a group2HwEnable since it must occur with another debug event.
assign group2HwSet = ~VCT_msrDE & ((|group0HwSet) | (|group1HwSet));
assign group2CodeSet = codeSetAccess & EXE_sprDataBus[11];
assign group2CodeRst = codeRstAccess & EXE_sprDataBus[11];
assign nxtDbsrGroup2 = (group2CodeSet) |
        (dbsrGroup2 & ~group2CodeRst & ~(JTG_dbdrPulse | JTG_resetDBSR)) |
        group2HwSet;

// **************************************************************
// Group 3 -                                                    *
// dbsr spr Name      Function                       group3     *
// bit #                                             bit #      *
// 22       RstStat0 - Dbcr initiated Reset Status.   0         *
// 23       RstStat1 - Dbcr initiated Reset Status.   1         *
// **************************************************************

// *******************************************
// group3 code set path and code reset path. *
// *******************************************

assign group3CodeSet[0:1] = EXE_sprDataBus[22:23] & ({2{codeSetAccess}});

assign group3CodeRst[0:1] = EXE_sprDataBus[22:23] & ({2{codeRstAccess}});

// The dbsr reset status bits update with all resets, not just those initiated
// by the dbcr.

// group3HwSet = rstStatus
// coreReset is active with core,chip or sys reset.
assign rstStatus[0] = chipResetL2 | systemResetL2;
assign rstStatus[1] = systemResetL2 | (coreResetL2 & ~chipResetL2);

assign nxtDbsrGroup3[0:1] =
    (group3CodeSet[0:1]) |
    (dbsrGroup3[0:1] & ~group3CodeRst[0:1] & ~({2{coreResetL2}}) |
    rstStatus[0:1]);

assign group3HwEnable = coreResetL2;

// ***************************
// debug interrupt
// ***************************
assign nxtDbsrSummaryBit = (|nxtDbsrGroup0_i) | (|nxtDbsrGroup1_i);

// *********
// dbsr E2
// *********
assign dbsrE2 = (group0HwEnable | group1HwEnable | group3HwEnable |
                  PCL_mtSPR | JTG_dbdrPulse | JTG_resetDBSR);

// ******
// Trace
// ******
// brTaken, iac1, iac2, iac3, iac4
assign DBG_exeTE[0:4] = {(group0HwSet[1] | group0CodeSet[1]),
                         (group0HwSet[3] | group0CodeSet[3]),
                         (group0HwSet[4] | group0CodeSet[4]),
                         (group0HwSet[9] | group0CodeSet[9]),
                         (group0HwSet[10] | group0CodeSet[10])};
// icmp, dac1Rd, dac1Wr, dac2Rd, dac2Wr
// DBG_wbTE is qualified with wbHold, wbSuppress, wbFlush in IFB.
assign DBG_wbTE[0:4] =  {(group0HwEvent[0] | group0CodeSet[0]),
                         (group0HwEvent[5] | group0CodeSet[5]),
                         (group0HwEvent[6] | group0CodeSet[6]),
                         (group0HwEvent[7] | group0CodeSet[7]),
                         (group0HwEvent[8] | group0CodeSet[8])};
// trap, exc, ude.
// For trap and exc the instruction is always flushed and will not finish
//   flowing through the pipe. TE is directly staged to trace logic through
//   a register without anything that can block it.
//   A trap taking an execption will be suppressed and flushed. SRR will
//   point to the address of the trap. Will not get ES for the trap completing.
// Ude is asycronous. Also need to be staged directly to trace logic
assign DBG_immdTE[0:2] = {(group0HwSet[2] | group0CodeSet[2]),
                          (group1HwSet[0]) | (group1CodeSet[0]),
                          (group1HwSet[1]) | (group1CodeSet[1])};

// *********************************
// Stop Request and debug interrupt
// *********************************
assign DBG_stopReq = extDbMode & dbsrSummaryBit;
assign DBG_weakStopReq = ~(extDbMode | intDbMode) & VCT_msrDWE &
                JTG_dbgWaitEn & dbsrSummaryBit;
assign DBG_intrp = intDbMode & VCT_msrDE & dbsrSummaryBit;
assign DBG_udeIntrp = intDbMode & VCT_msrDE & dbsrGroup1[1];
assign DBG_dacIntrp = intDbMode & VCT_msrDE & (|dbsrGroup0[5:8]);

assign DBG_freezeTimers = (extDbMode | (VCT_msrDWE & JTG_dbgWaitEn) |
                               intDbMode) & dbsrSummaryBit & enFreezeTimersL2;

assign DBG_rstCoreReq  = ~dbcrReset_0 & dbcrReset_1;
assign DBG_rstChipReq  = dbcrReset_0 & ~dbcrReset_1;
assign DBG_rstSystemReq = dbcrReset_0 & dbcrReset_1;

assign dbcrE1 = PCL_mtSPR  | coreResetL2;
assign dbcr0E2 = (~PCL_sprHold & EXE_dbgSprDcds[0]) | coreResetL2;
assign dbcr1E2 = (~PCL_sprHold & EXE_dbgSprDcds[1]) | coreResetL2;

assign sprBusSel[0] = EXE_dbgSprDcds[1] | EXE_dbgSprDcds[2];
assign sprBusSel[1] = EXE_dbgSprDcds[0] | EXE_dbgSprDcds[2];

// All debug event except ude
assign DBG_eventSet = (|dbsrGroup0) | dbsrGroup1[0];
//assign DBG_udeEventSet = dbsrGroup1[1];

// Toggle inclusive/exclusive mode.
assign nxtHwIac12X = enIac12XRangeL2 ^
                     (enIac12XToggleL2 & (iac1HwSet | iac2HwSet));
assign nxtHwIac34X = enIac34XRangeL2 ^
                     (enIac34XToggleL2 & (iac3HwSet | iac4HwSet));
assign dbcr0_XE2 = (~PCL_sprHold & EXE_dbgSprDcds[0] & PCL_mtSPR) |
                    group0HwSet[3] | group0HwSet[4] | group0HwSet[9] |
                    group0HwSet[10] | coreResetL2;
assign exeMtdbcr0 = ~PCL_sprHold & PCL_mtSPR & EXE_dbgSprDcds[0];


endmodule